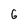
Character: 6